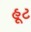
હૂટ